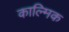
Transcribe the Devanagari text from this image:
काल्मिक